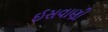
ઈસવાણી